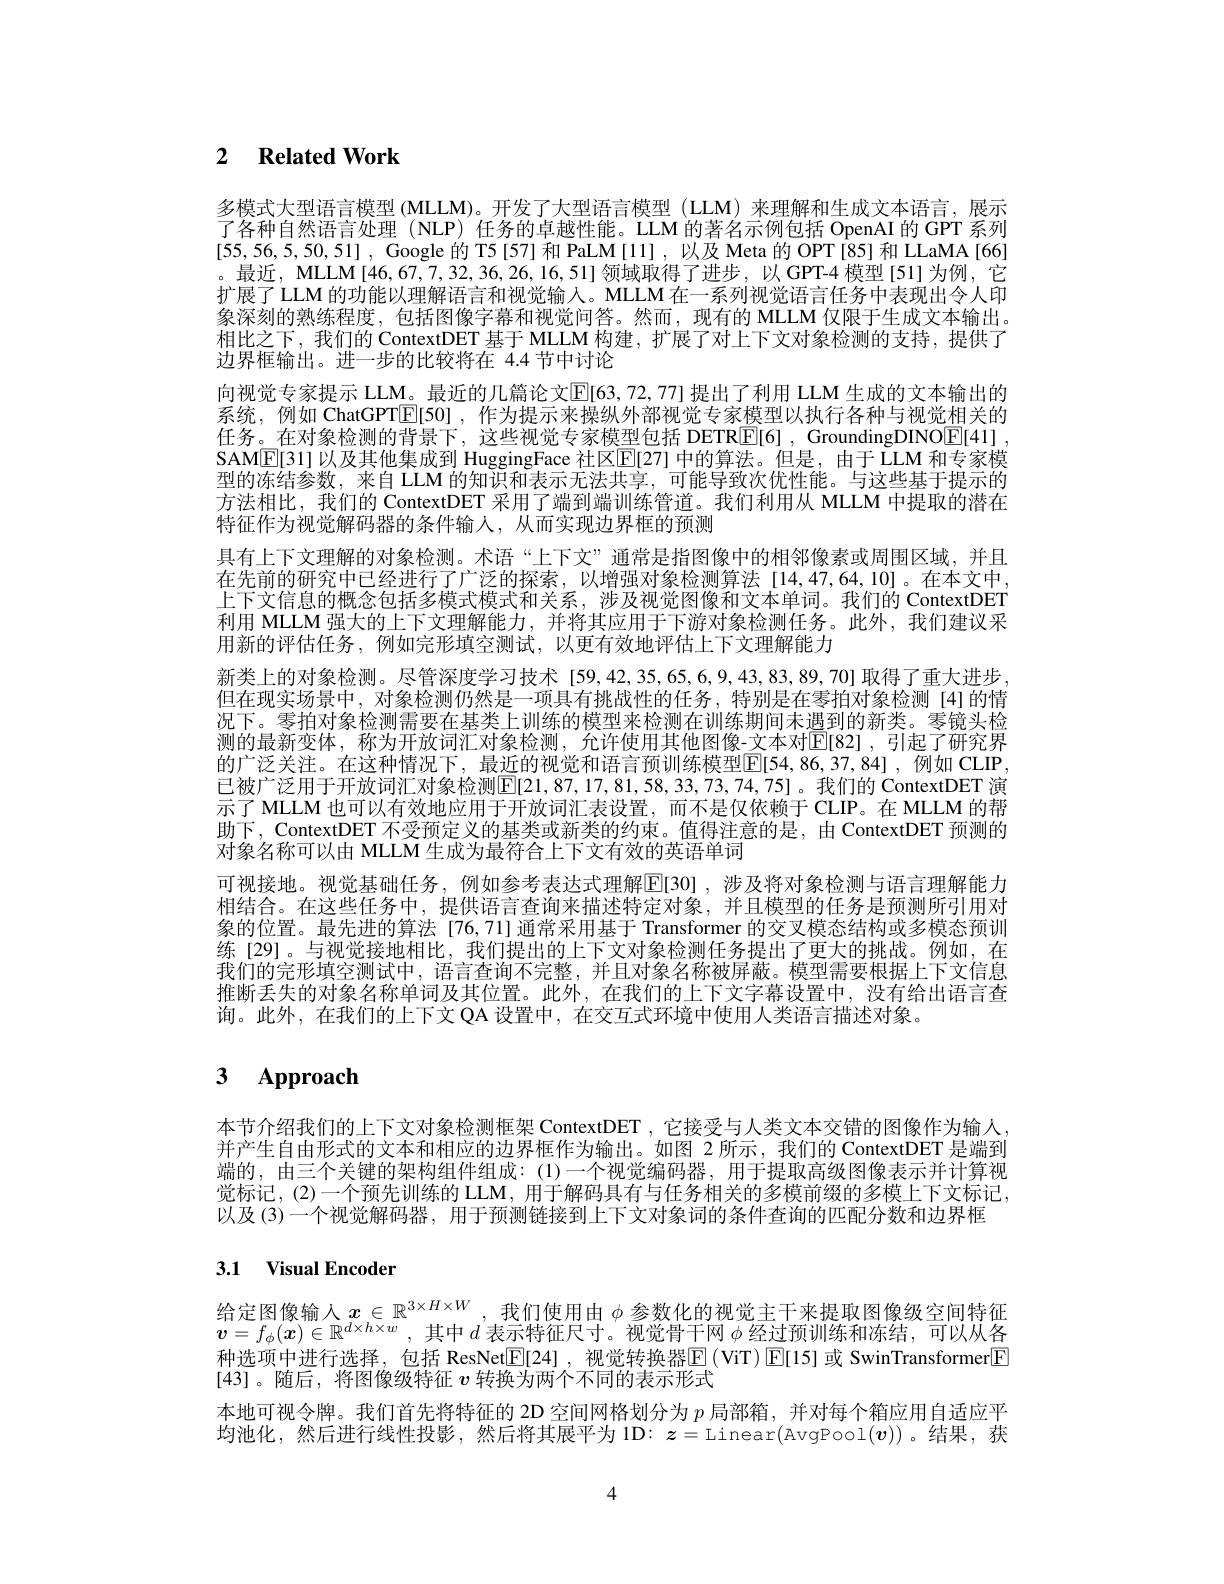
# 2 $\textbf{Related Work}$

多模式大型语言模型 (MLLM)。开发了大型语言模型 (LLM) 来理解和生成文本语言，展示了各种自然语言处理(NLP) 任务的卓越性能。LLM 的著名示例包括 OpenAI 的 GPT 系列[55,56,5,50,51] , Google 的 T5[57]和 PaLM[11],以及 Meta 的 OPT[85] 和 LLaMA[66] 。最近，MLLM[46,67,7,32,36,26,16,51]领域取得了进步，以 GPT-4 模型[51]为例，它扩展了 LLM 的功能以理解语言和视觉输人。MLLM 在一系列视觉语言任务中表现出令人印象深刻的熟练程度，包括图像字幕和视觉问答。然而，现有的 MLLM 仅限于生成文本输出。相比之下，我们的 ContextDET 基于 MLLM 构建，扩展了对上下文对象检测的支持，提供了边界框输出。进一步的比较将在 4.4 节中讨论
向视觉专家提示 LLM。最近的几篇论文$\mathbb{E}[63,72,77]$ 提出了利用 LLM 生成的文本输出的系统，例如 ChatGPT$\overline{\mathbb{E}}[50]$ ,作为提示来操纵外部视觉专家模型以执行各种与视觉相关的任务。在对象检测的背景下，这些视觉专家模型包括 DETR$\boxed{\mathrm{E}}[6]$, GroundingDINO$\boxed{\mathrm{E}}[41]$, SAME[31] 以及其他集成到 HuggingFace 社区[E[27] 中的算法。但是，由于 LLM 和专家模型的冻结参数，来自 LLM 的知识和表示无法共享，可能导致次优性能。与这些基于提示的方法相比，我们的 ContextDET 采用了端到端训练管道。我们利用从 MLLM 中提取的潜在特征作为视觉解码器的条件输入，从而实现边界框的预测
具有上下文理解的对象检测。术语“上下文” 通常是指图像中的相邻像素或周围区域，并且在先前的研究中已经进行了广泛的探索，以增强对象检测算法[14,47,64,10]。在本文中， 上下文信息的概念包括多模式模式和关系，涉及视觉图像和文本单词。我们的 ContextDET 利用 MLLM 强大的上下文理解能力，并将其应用于下游对象检测任务。此外，我们建议采用新的评估任务，例如完形填空测试，以更有效地评估上下文理解能力
新类上的对象检测。尽管深度学习技术[59,42,35,65,6,9,43,83,89,70]取得了重大进步， 但在现实场景中，对象检测仍然是一项具有挑战性的任务，特别是在零拍对象检测[4]的情况下。零拍对象检测需要在基类上训练的模型来检测在训练期间未遇到的新类。零镜头检测的最新变体，称为开放词汇对象检测，允许使用其他图像-文本对$\mathbb{E}[82]$ ,引起了研究界的广泛关注。在这种情况下，最近的视觉和语言预训练模型$\mathbb{E}[54,86,37,84]$,例如 CLIP, 已被广泛用于开放词汇对象检测$\overline{\mathbb{E}}[21,87,17,81,58,33,73,74,75]$。我们的 ContextDET 演示了 MLLM 也可以有效地应用于开放词汇表设置，而不是仅依赖于 CLIP。在 MLLM 的帮助下，ContextDET 不受预定义的基类或新类的约束。值得注意的是，由 ContextDET 预测的对象名称可以由 MLLM 生成为最符合上下文有效的英语单词
可视接地。视觉基础任务，例如参考表达式理解$\mathbb{E}[30]$ ,涉及将对象检测与语言理解能力相结合。在这些任务中，提供语言查询来描述特定对象，并且模型的任务是预测所引用对象的位置。最先进的算法[76,71]通常米用基于 Transformer 的交叉模态结构或多模态预训练[29]。与视觉接地相比，我们提出的上下文对象检测任务提出了更大的挑战。例如，在我们的完形填空测试中，语言查询不完整，并且对象名称被屏蔽。模型需要根据上下文信息推断丢失的对象名称单词及其位置。此外，在我们的上下文字幕设置中，没有给出语言查询。此外，在我们的上下文 QA 设置中，在交互式环境中使用人类语言描述对象。

# 3 $\mathbf{Approach}$

本节介绍我们的上下文对象检测框架 ContextDET , 它接受与人类文本交错的图像作为输入并产生自由形式的文本和相应的边界框作为输出。如图 2 所示，我们的 ContextDET 是端到端的，由三个关键的架构组件组成：(1)一个视觉编码器，用于提取高级图像表示并计算视觉标记，(2)一个预先训练的 LLM, 用于解码具有与任务相关的多模前缀的多模上下文标记， 以及(3)一个视觉解码器，用于预测链接到上下文对象词的条件查询的匹配分数和边界框

# 3.1 Visual Encoder

给定图像输人$x\in\mathbb{R}^{3\times H\times W}$,我们使用由 $\phi$ 参数化的视觉主干来提取图像级空间特征$\boldsymbol{v}= f_\phi ( \boldsymbol{x}) \in \mathbb{R} ^{d\times h\times w}$ ,其中$d$表示特征尺寸。视觉骨干网$\phi$经过预训练和冻结，可以从各种选项中进行选择，包括 ResNet$\boxed{\mathrm{E}}$[24],视觉转换器$\boxed{\mathrm{E}}\left(\mathrm{ViT}\right)\boxed{\mathrm{E}}$[15]或 SwinTransformer[E] [43]。随后，将图像级特征$v$转换为两个不同的表示形式
本地可视令牌。我们首先将特征的 2D 空间网格划分为$p$局部箱，并对每个箱应用自适应平均池化，然后进行线性投影，然后将其展平为1D：$\boldsymbol{z}=$Linear(AvgPool$(\boldsymbol v))$。结果，获

4